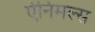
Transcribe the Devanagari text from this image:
ऐनिमल्स